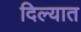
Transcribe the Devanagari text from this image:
दिल्यात